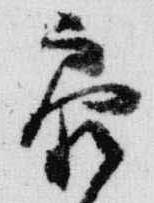
参